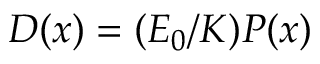
D ( x ) = ( E _ { 0 } / K ) P ( x )